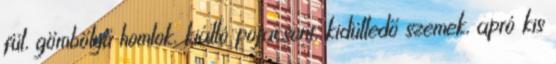
fül, gömbölyű homlok, kiálló pofacsont, kidülledő szemek, apró kis